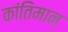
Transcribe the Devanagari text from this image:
कांतिमान्‌